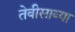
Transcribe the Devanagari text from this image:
तेवीसाव्‍या